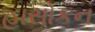
હાસોકન